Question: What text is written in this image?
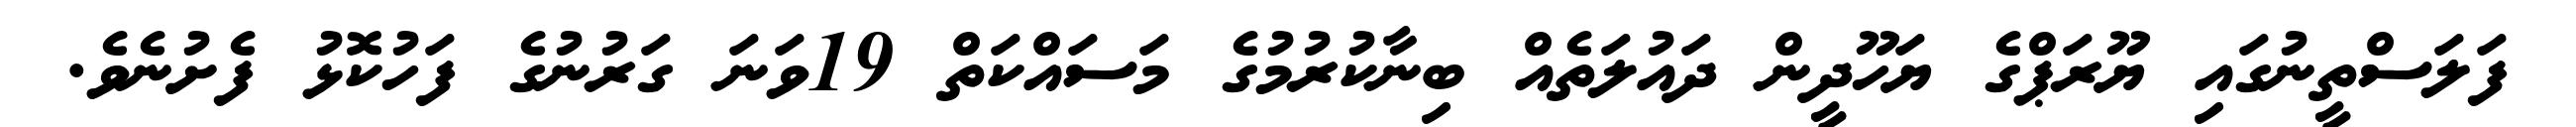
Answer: ފަލަސްތީނުގައި ޔޫރަޕްގެ ޔަހޫދީން ދައުލަތެއް ބިނާކުރުމުގެ މަސައްކަތް 19ވަނަ ގަރުނުގެ ފަހުކޮޅު ފެށުނެވެ.